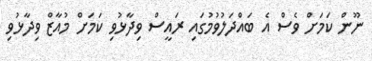
ނޫން ކަމަށް ވެސް އެ ބައްދަލުވުމުގައި ރައީސް ވިދާޅުވި ކަމަށް މުއާޒް ވިދާޅުވި